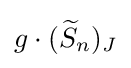
g\cdot ({\widetilde {S}}_{n})_{J}